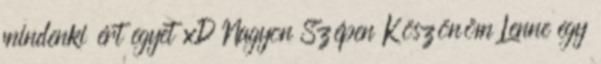
mindenki ért egyet xD Nagyon Szépen Köszönöm Lenne egy